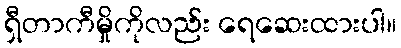
ရှီတာကီမှိုကိုလည်း ရေဆေးထားပါ။